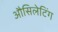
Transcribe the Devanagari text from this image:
औसिलेटिंग